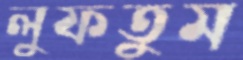
লুফতুম